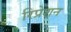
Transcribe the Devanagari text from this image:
रिप्रेशन